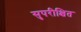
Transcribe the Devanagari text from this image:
सुपरीक्षित